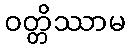
ဝတ္တိဿာမ